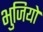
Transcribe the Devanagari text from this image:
भुजियो